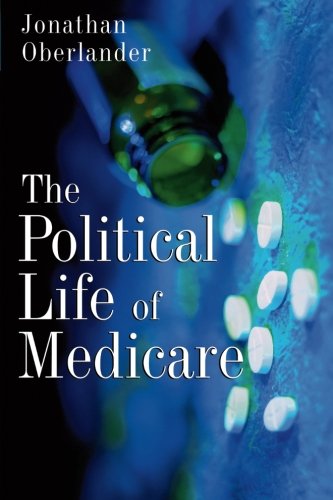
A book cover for The Political Life of Medicare (American Politics and Political Economy); Jonathan Oberlander; Medical Books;